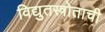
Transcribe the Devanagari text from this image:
विद्युतस्त्रोताची